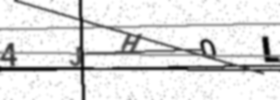
Text: 4JHOL